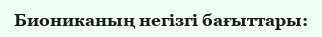
Биониканың негізгі бағыттары: